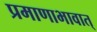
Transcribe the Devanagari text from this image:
प्रमाणाभावात्